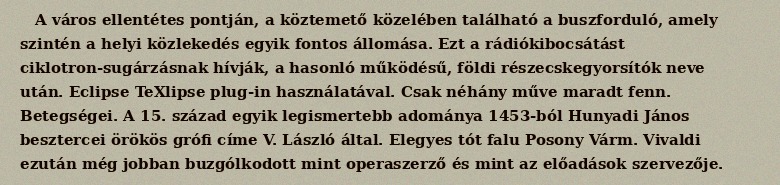
A város ellentétes pontján, a köztemető közelében található a buszforduló, amely szintén a helyi közlekedés egyik fontos állomása. Ezt a rádiókibocsátást ciklotron-sugárzásnak hívják, a hasonló működésű, földi részecskegyorsítók neve után. Eclipse TeXlipse plug-in használatával. Csak néhány műve maradt fenn. Betegségei. A 15. század egyik legismertebb adománya 1453-ból Hunyadi János besztercei örökös grófi címe V. László által. Elegyes tót falu Posony Várm. Vivaldi ezután még jobban buzgólkodott mint operaszerző és mint az előadások szervezője.